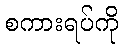
စကားရပ်ကို